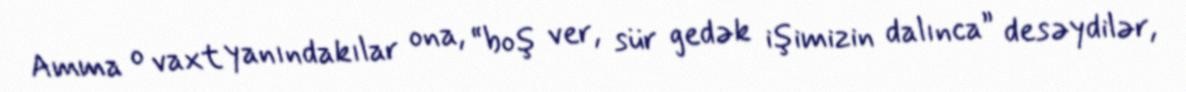
Amma o vaxt yanındakılar ona, “boş ver, sür gedək işimizin dalınca” desəydilər,